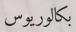
بكالوريوس